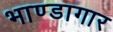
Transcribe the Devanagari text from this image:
भाण्डागार